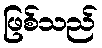
ဖြစ်သည်